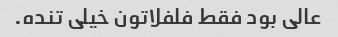
عالی بود فقط فلفلاتون خیلی تنده.